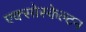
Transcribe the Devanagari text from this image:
एक्सोस्केल्टन